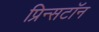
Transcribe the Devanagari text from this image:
प्रिन्सटॉन